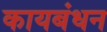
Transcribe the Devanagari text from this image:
कायबंधन